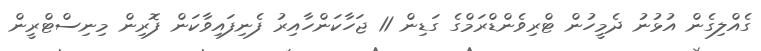
ގެއްލިގެން އުުޅުނު ދެމީހުން ޓްރިވެންޑްރަމްގެ ގަޑިން 11 ޖަހާކަންހާއިރު ފެނިފައިވާކަން ފޮރިން މިނިސްޓްރީން